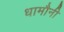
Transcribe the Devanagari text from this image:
धामौनी